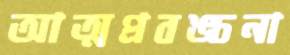
আত্মপ্রবঙ্চনা